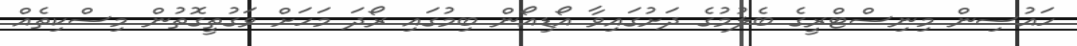
ހައުސިން މިނިސްޓްރީގެ ބެލުމުގެ ދަށުގައިވާ އޯޑިއޯން ބިމުގައި ރޯދަ މަހަށް ވަގުތީގޮތުން މިސްކިތެއް